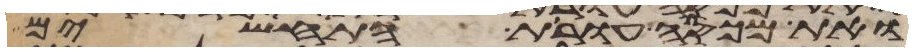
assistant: ואת מכסה עורת התחשים